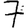
Digit: 7